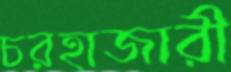
চরহাজারী